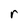
Character: r